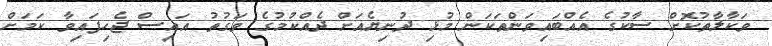
ވަކާލާތުކޮށް ސާކުގެ އެއްބައިވަންތަކަން މުޅި ދުނިޔެއަށް ދެއްކުމުގެ ވަގުތު އައިސް ޖެހިފައިވާ ކަމަށް